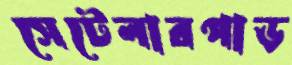
সেটেলারপাড়